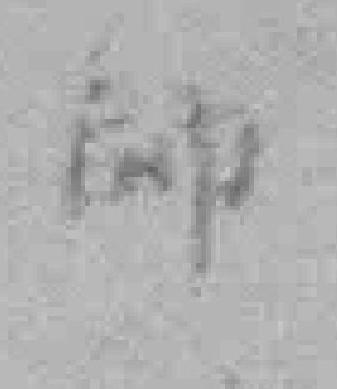
師